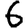
Digit: 6